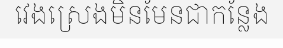
វេងស្រេងមិនមែនជាកន្លែង